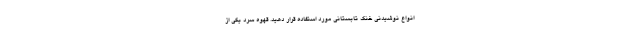
انواع نوشیدنی خنک تابستانی مورد استفاده قرار دهید. قهوه سرد یکی از